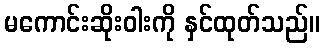
မကောင်းဆိုးဝါးကို နှင်ထုတ်သည်။